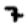
Digit: 7